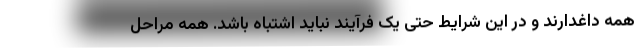
همه داغدارند و در این شرایط حتی یک فرآیند نباید اشتباه باشد. همه مراحل